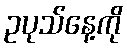
ဥပုသ်နေ့ကို